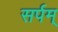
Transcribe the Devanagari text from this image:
सर्पम्